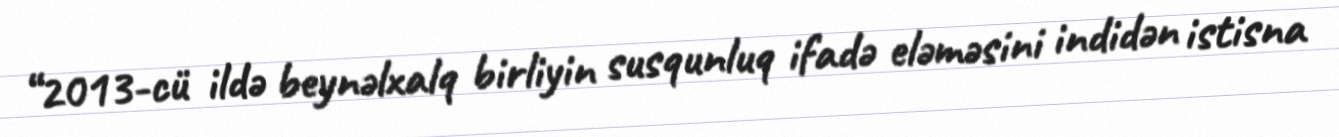
“2013-cü ildə beynəlxalq birliyin susqunluq ifadə eləməsini indidən istisna